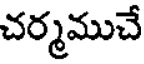
చర్మముచే